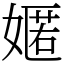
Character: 嫟